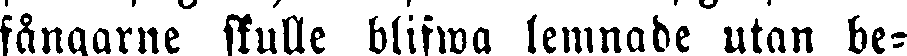
fångarne skulle blifwa lemnade utan be-